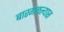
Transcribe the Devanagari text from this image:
बारगळल्यास